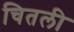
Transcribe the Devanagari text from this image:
चितली